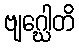
ဗျဂ္ဃေါတိ